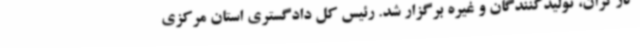
کارگران، تولیدکنندگان و غیره برگزار شد. رئیس کل دادگستری استان مرکزی